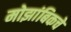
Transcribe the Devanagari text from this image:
मोझांबिकचे